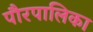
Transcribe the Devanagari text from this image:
पौरपालिका